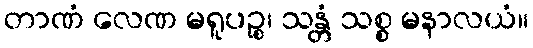
တာဏံ လေဏ မရူပဉ္စ၊ သန္တံ သစ္စ မနာလယံ။